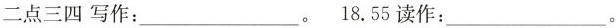
二点三四写作：___。 18.55读作：___。